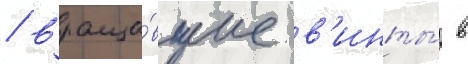
/ враща́вшие в'инты́ в